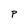
Character: P